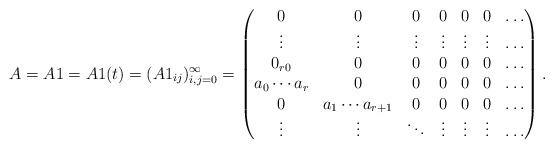
LaTeX: \begin{align*} A=A1=A1(t)=(A1_{ij})_{i,j=0}^{\infty}=\begin{pmatrix} 0& 0& 0&0&0&0&\dots\\ \vdots&\vdots&\vdots&\vdots&\vdots&\vdots&\dots\\ 0_{r 0}&0&0&0&0&0&\dots\\ a_0\cdots a_r&0&0&0&0&0&\dots\\ 0&a_1\cdots a_{r+1}&0&0&0&0&\dots\\ \vdots&\vdots&\ddots&\vdots&\vdots&\vdots&\dots \end{pmatrix}.\end{align*}